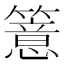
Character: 𥵆